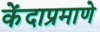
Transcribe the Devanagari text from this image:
केंदाप्रमाणे